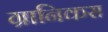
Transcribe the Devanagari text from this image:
ग्रानिकस